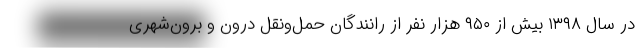
در سال ۱۳۹۸ بیش از ۹۵۰ هزار نفر از رانندگان حمل‌ونقل درون و برون‌شهری